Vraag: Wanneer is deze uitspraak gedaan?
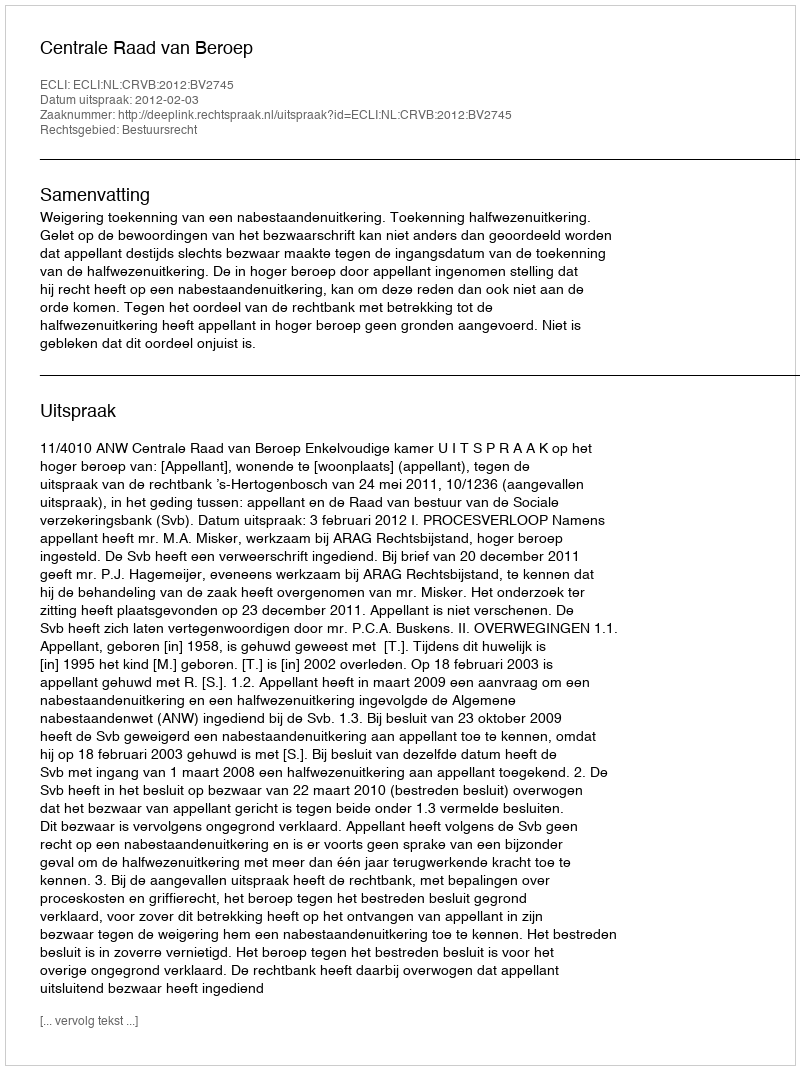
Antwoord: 2012-02-03